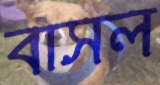
বাসল